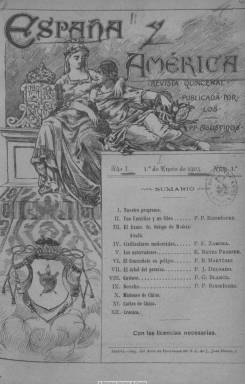
Título: España y América (Madrid)
Colección: Religión || Cultura
Ámbito geográfico: Madrid
Lugar de publicación: Madrid
Fechas: 01/01/1903-31/12/1927

Los Padres de la Orden de San Agustín (O.S.A.) en España, con el fin de  “contrarrestar los efectos de la propaganda impía e inmoral”, deciden publicar esta revista quincenal de religión, pero también de cultura, literatura, bellas artes e investigación de las ciencias sociales, además de actualidad, y con profusión de fotograbados, a partir del uno de enero de 1903, ofreciendo así una publicación con “un carácter tal”, que fuera del agrado de las personas más ilustradas, satisficiera las aspiraciones de la “clase media intelectual” y resultara “amena, útil e instructiva para el vulgo”, según su propia exposición.

Según el plan trazado, en sus páginas darán su punto de vista, a través de textos redactados casi exclusivamente por los religiosos de la orden, a cuestiones sociales y de apología y controversias populares, bajo los principios establecidos en la encíclica Rerum novarum. A ello añaden secciones de consulta y cartas de las misiones y una Crónica de actualidad de España y del extranjero, y aunque dediquen especial atención a países americanos y de ultramar (de ahí su título), también se lo prestarán a los de extremo oriente y de Europa. A ello sumarán la estampación de numerosos fotograbados, como retratos de personalidades de los diferentes campos de la cultura, vistas, edificios, etc., y de ahí también su carácter ilustrado.

Aunque editada e impresa en Madrid, “con las licencias necesarias”, sus redactores proceden de los diversos conventos, residencias, colegios y misiones de la orden, sirviendo estos también como centros de suscripción en España, Europa, Estados Unidos y Ultramar. A la labor científica, literaria y publicística de los “hijos de San Agustín”, como “soldados” de las tradiciones cristianas y desde una inequívoca visión política donosiana, se irá sumando la de otros autores seglares, que publicarán también sus estudios.

Sus entregas aparecerán los días uno y quince de cada mes, formando al principio tomos cuatrimestrales, que después serán trimestrales, con paginación continuada cada uno y con un índice por secciones, con los títulos de sus artículos y autores, al final. La paginación de los números será muy amplia, con 62, 72 u 82 páginas, compuestas a una columna.

Las secciones sufrirán algunas modificaciones a lo largo de la vida de la publicación, pero sin que por ello varíen las materias de sus contenidos principales trazados inicialmente por los padres agustinos, y que se resumen en el subtítulo que adoptará: “religión, ciencia, literatura y arte”. Así que estos llegan a estar clasificados en secciones, como Documentos pontificios, Teología y religión, Derecho y ciencias sociales, Boletín canónico, Historia, Ciencias, Literatura y arte, Estudios americanos, además de las secciones amena, varia y de miscelánea.

Asimismo cuenta con una parte dedicada a la recensión de libros, revistas y periódicos, a modo de secciones de bibliografía y de revista de revistas o de prensa. Además de su Crónica quincenal, que empieza con el epígrafe dedicado a España, seguido de los de otros países de los diferentes continentes. Aquí tratará temas políticos, sociales o relacionados con las instituciones religiosas o eclesiásticas propiamente católicas, como las del propio Estado del Vaticano y su sumo pontífice. Esta crónica estará al final a cargo del padre T.T. Vázquez.

Tras veinticinco años en publicación, esta revista acaba en el tomo cuarto, correspondiente a octubre-diciembre de 1927.  A partir de 1928 se refunde con La ciudad de Dios, que los padres agustinos habían empezado a editar en Valladolid en 1887, para formar un nuevo título: Religión y cultura, que se editará, desde El Escorial, hasta julio de 1936.